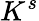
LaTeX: K^{s}